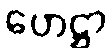
ဟေဋ္ဌာ